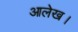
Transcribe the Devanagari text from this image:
आलेख।